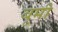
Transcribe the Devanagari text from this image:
बूमी